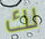
لك